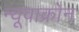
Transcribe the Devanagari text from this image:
न्यूवाक्रोन